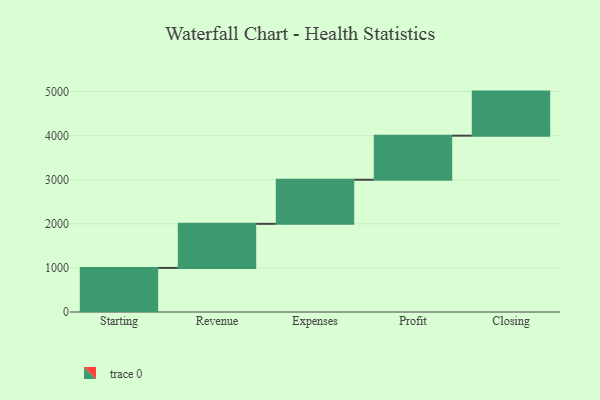
{"axis": {"x": "Step", "y": "Value"}, "legend": [""], "data": [{"x": "Starting", "y": 1000, "type": ""}, {"x": "Revenue", "y": 1000, "type": ""}, {"x": "Expenses", "y": 1000, "type": ""}, {"x": "Profit", "y": 1000, "type": ""}, {"x": "Closing", "y": 1000, "type": ""}]}